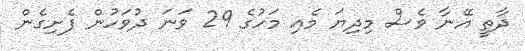
ދާތީ އޭނާ ވެސް މިދިޔަ މެއި މަހުގެ 29 ވަނަ ދުވަހުން ފެށިގެން